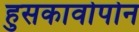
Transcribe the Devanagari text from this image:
हुसकावोपोन